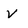
Character: v